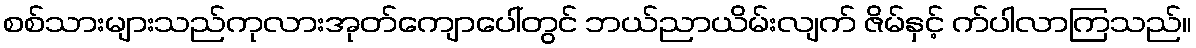
စစ်သားများသည်ကုလားအုတ်ကျောပေါ်တွင် ဘယ်ညာယိမ်းလျက် ဇိမ်နှင့် က်ပါလာကြသည်။